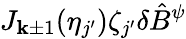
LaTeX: J_{\mathbf{k}\pm1}(\eta_{j^{\prime}})\zeta_{j^{\prime}}\delta\hat{{B}}^{\psi}